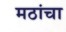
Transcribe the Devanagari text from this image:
मठांचा